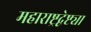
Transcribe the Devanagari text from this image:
महाराष्ट्रद्वेष्ट्या